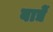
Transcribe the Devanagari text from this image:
बाद्यें